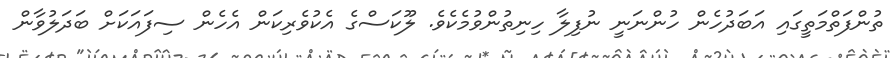
ތުންފަތްމަތީގައި އަބަދުހެން ހުންނަނީ ނުފިލާ ހިނިތުންވުމެކެވެ. ލޫކަސްގެ އެކުވެރިކަން އެހެން ސިފައަކަށް ބަދަލުވާން